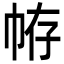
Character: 𢂣